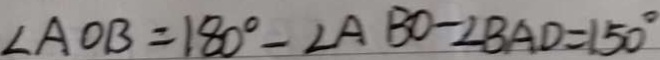
\angle A O B = 1 8 0 ^ { \circ } - \angle A B O - \angle B A D = 1 5 0 ^ { \circ }